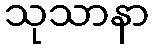
သုသာနာ